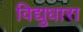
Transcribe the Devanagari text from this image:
विद्युधारा